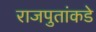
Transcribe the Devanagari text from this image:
राजपुतांकडे